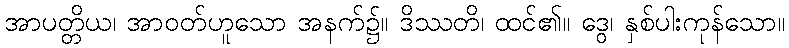
အာပတ္တိယ၊ အာဝတ်ဟူသော အနက်၌။ ဒိဿတိ၊ ထင်၏။ ဒွေ၊ နှစ်ပါးကုန်သော။